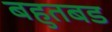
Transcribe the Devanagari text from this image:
बहुतबड